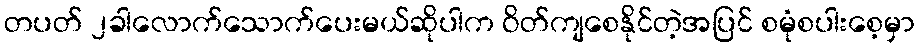
တပတ် ၂ခါလောက်သောက်ပေးမယ်ဆိုပါက ဝိတ်ကျစေနိုင်တဲ့အပြင် စမုံစပါးစေ့မှာ